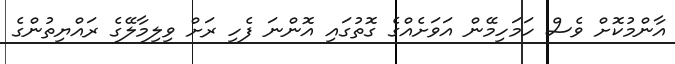
އާންމުކޮށް ވެސް ހަމަހިމޭން އަވަށެއްގެ ގޮތުގައި އޮންނަ ފެހި ރަށް ވިލިމާލޭގެ ރައްޔިތުންގެ